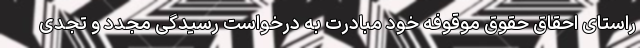
راستای احقاق حقوق موقوفه خود مبادرت به درخواست رسیدگی مجدد و تجدی